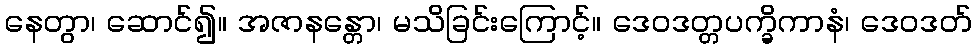
နေတွာ၊ ဆောင်၍။ အဇာနန္တော၊ မသိခြင်းကြောင့်။ ဒေဝဒတ္တပက္ခိကာနံ၊ ဒေဝဒတ်